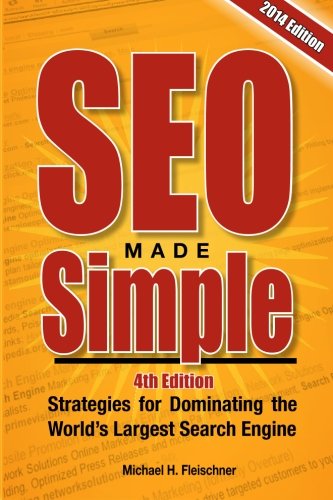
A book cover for SEO Made Simple (4th Edition): Strategies for Dominating Google, the World's Largest Search Engine; Michael H Fleischner; Computers & Technology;